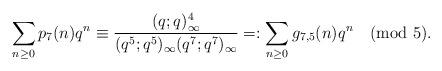
LaTeX: \begin{align*}\sum_{n\ge 0}p_7(n)q^n\equiv\frac{(q;q)_\infty^4}{(q^5;q^5)_\infty(q^7;q^7)_\infty}=:\sum_{n\ge 0}g_{7,5}(n)q^n \pmod{5}.\end{align*}